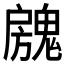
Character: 𱆝